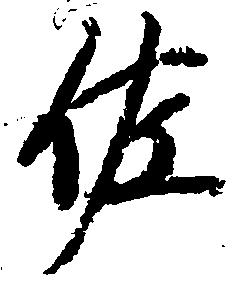
佐